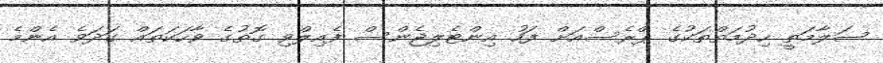
ސަލާމަތީ ހިދުމަތްތަކުގެ ޕްރެސްއަށް ފަހު އިންޓެލިޖެންސް ފެއިލްވި ގޮތުގެ ވާހަކަތައް ގަދަވެ އެންމެ